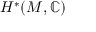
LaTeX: H ^ { * } ( M , \mathbb { C } )